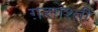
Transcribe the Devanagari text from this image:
ग़रग़श्ती